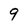
Character: 9